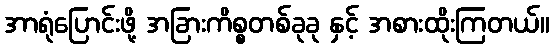
အာရုံပြောင်းဖို့ အခြားကိစ္စတစ်ခုခု နှင့် အစားထိုးကြတယ်။